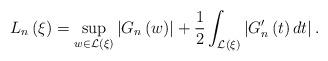
LaTeX: \begin{align*}L_{n}\left( \xi \right) ={\sup_{w\in \mathcal{L}\left( \xi \right) }}\left\vert {G_{n}\left( w\right) }\right\vert +\frac{1}{2}\int_{\mathcal{L}\left( \xi \right) }{\left\vert {{G}_{n}^{\prime }\left( t\right) dt}\right\vert .} \end{align*}